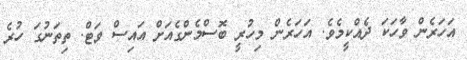
އަހަރެން ވާހަކަ ދެއްކީމެވެ. އަހަރެން މިހުރީ ބޮސްމެންގެއަށް އައިސް ވަޓް. ތިތަނުގަ ހުރެ